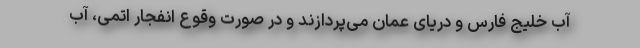
آب خلیج فارس و دریای عمان می‌پردازند و در صورت وقوع انفجار اتمی، آب